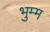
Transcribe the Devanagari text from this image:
भुम्म